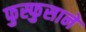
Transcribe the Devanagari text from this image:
फुस्फुसाने